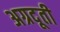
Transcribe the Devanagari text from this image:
अग्रदूती